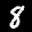
Label: 8